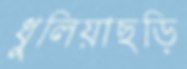
ধুলিয়াছড়ি